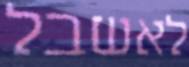
לאשבל